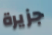
جزيرة